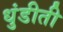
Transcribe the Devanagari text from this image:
धुंडीती